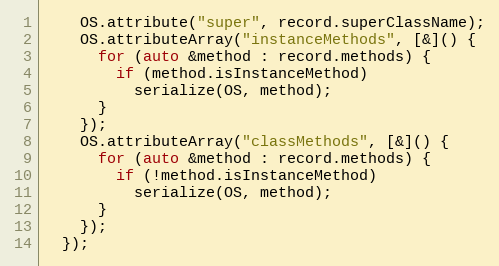
Language: C++
    OS.attribute("super", record.superClassName);
    OS.attributeArray("instanceMethods", [&]() {
      for (auto &method : record.methods) {
        if (method.isInstanceMethod)
          serialize(OS, method);
      }
    });
    OS.attributeArray("classMethods", [&]() {
      for (auto &method : record.methods) {
        if (!method.isInstanceMethod)
          serialize(OS, method);
      }
    });
  });